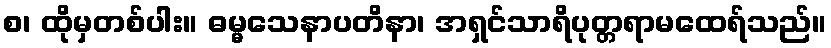
စ၊ ထိုမှတစ်ပါး။ ဓမ္မသေနာပတိနာ၊ အရှင်သာရိပုတ္တရာမထေရ်သည်။